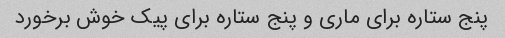
پنج ستاره برای ماری و پنج ستاره برای پیک خوش برخورد